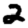
Digit: 2